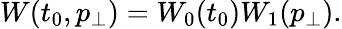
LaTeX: W(t_{0},p_{\bot})=W_{0}(t_{0})W_{1}(p_{\bot}).